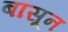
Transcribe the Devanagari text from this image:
बासून